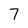
Character: 7